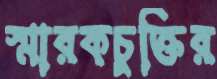
স্মারকচুক্তির